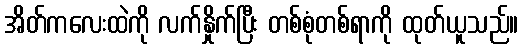
အိတ်ကလေးထဲကို လက်နှိုက်ပြီး တစ်စုံတစ်ရာကို ထုတ်ယူသည်။